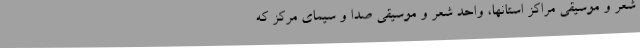
شعر و موسیقی مراکز استانها، واحد شعر و موسیقی صدا و سیمای مرکز که